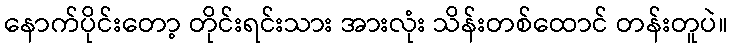
နောက်ပိုင်းတော့ တိုင်းရင်းသား အားလုံး သိန်းတစ်ထောင် တန်းတူပဲ။